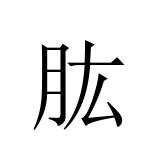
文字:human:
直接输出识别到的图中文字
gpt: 肱